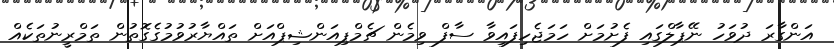
އަންގާރަ ދުވަހު ނޭޕާލްގައި ފެށުމަށް ހަމަޖެހިފައިވާ ސާފް ވިމެން ޗެމްޕިއަންޝިޕްއަށް ތައްޔާރުވުމުގެގޮތުން ތަމްރީނުތަކެއް